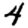
Digit: 4